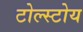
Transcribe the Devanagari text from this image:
टोल्स्टोय